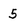
Character: 5